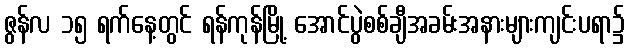
ဇွန်လ ၁၅ ရက်နေ့တွင် ရန်ကုန်မြို့ အောင်ပွဲစစ်ချီအခမ်းအနားများကျင်းပရာ၌